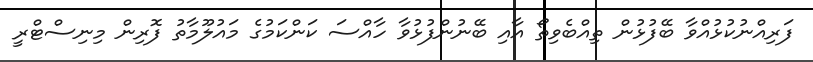
ފަރިއްނުކުޅުއްވާ ބޭފުޅުން ތިއްބެވިތޯ އާއި ބޭނުންފުޅުވާ ހާއްސަ ކަންކަމުގެ މައުލޫމާތު ފޮރިން މިނިސްޓްރީ